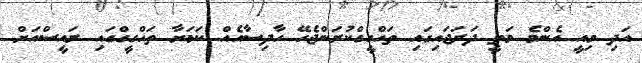
އަދި މިއީ އެންމެ މަތީ ދަރަޖައިގައި ތަހްގީގްކުރަންޖެހޭ ހާދިސާއެއް ކަމަށާ ތަހްގީގްގައި ރައީސްއަށް